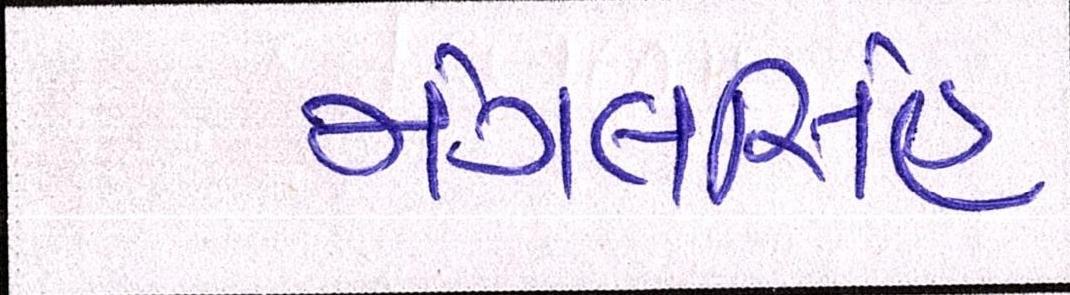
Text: મંગલસિંહ